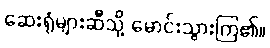
ဆေးရုံများဆီသို့ မောင်းသွားကြ၏။